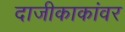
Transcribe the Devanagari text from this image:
दाजीकाकांवर